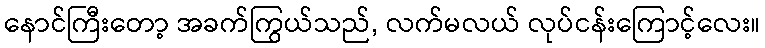
နောင်ကြီးတော့ အခက်ကြွယ်သည်, လက်မလယ် လုပ်ငန်းကြောင့်လေး။